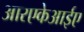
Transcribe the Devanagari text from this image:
आरएकेआईए